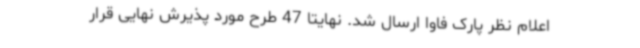
اعلام نظر پارک فاوا ارسال شد. نهایتاً 47 طرح مورد پذیرش نهایی قرار